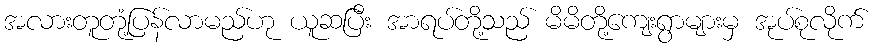
အလားတူတုံ့ပြန်လာမည်ဟု ယူဆပြီး အာရပ်တို့သည် မိမိတို့ကျေးရွာများမှ အုပ်စုလိုက်